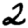
Digit: 2